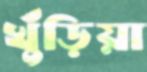
খুঁড়িয়া